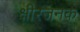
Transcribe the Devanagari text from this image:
क्षीरजनक